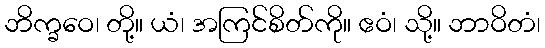
ဘိက္ခဝေ၊ တို့။ ယံ၊ အကြင်စိတ်ကို။ ဧဝံ၊ သို့။ ဘာဝိတံ၊